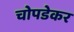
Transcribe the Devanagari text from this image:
चोपडेकर